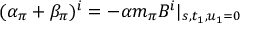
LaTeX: ( \alpha _ { \pi } + \beta _ { \pi } ) ^ { i } = - \alpha m _ { \pi } B ^ { i } \vert _ { s , t _ { 1 } , u _ { 1 } = 0 }